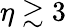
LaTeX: \eta\gtrsim 3